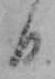
日